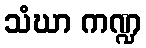
သံဃာ ကဏ္ဍ